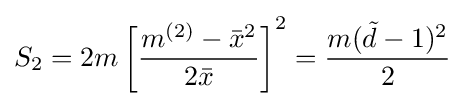
S_{2}=2m\left[{\frac {m^{(2)}-{\bar {x}}^{2}}{2{\bar {x}}}}\right]^{2}={\frac {m({\tilde {d}}-1)^{2}}{2}}